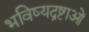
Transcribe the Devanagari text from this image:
भविष्यद्रष्टाओं